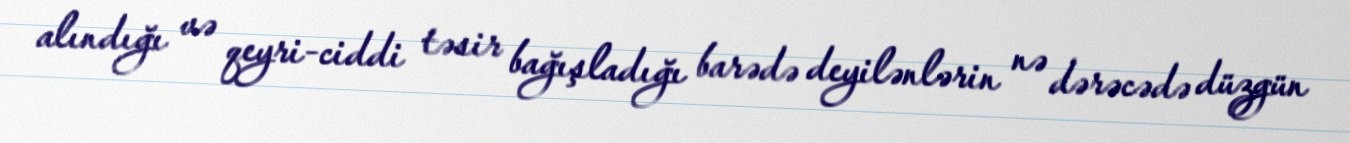
alındığı və qeyri-ciddi təsir bağışladığı barədə deyilənlərin nə dərəcədə düzgün